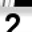
Digit: 2